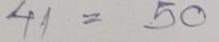
41 = 50